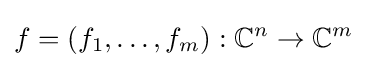
f=(f_{1},\ldots ,f_{m}):\mathbb {C} ^{n}\to \mathbb {C} ^{m}